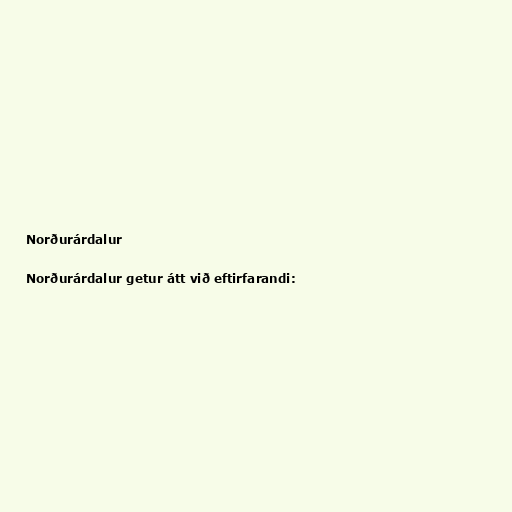
Norðurárdalur

Norðurárdalur getur átt við eftirfarandi: